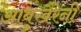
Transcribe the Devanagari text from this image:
आबुखैरेनी